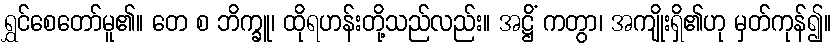
ရွှင်စေတော်မူ၏။ တေ စ ဘိက္ခူ၊ ထိုရဟန်းတို့သည်လည်း။ အဋ္ဌိံ ကတွာ၊ အကျိုးရှိ၏ဟု မှတ်ကုန်၍။